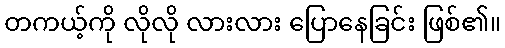
တကယ့်ကို လိုလို လားလား ပြောနေခြင်း ဖြစ်၏။